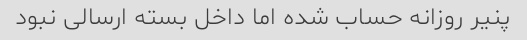
پنیر روزانه حساب شده اما داخل بسته ارسالی نبود